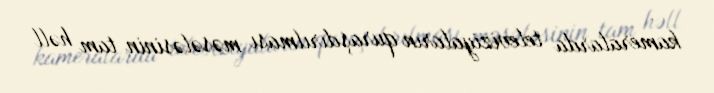
kameralarda televiziyaların quraşdırılması məsələsinin tam həll